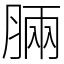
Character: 脼